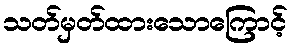
သတ်မှတ်ထားသောကြောင့်